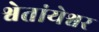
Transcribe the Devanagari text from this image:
श्वेतांयेश्वर